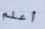
أعلم